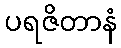
ပရဇိတာနံ